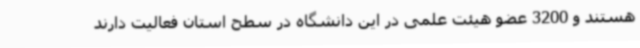
هستند و 3200 عضو هیئت علمی در این دانشگاه در سطح استان فعالیت دارند